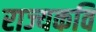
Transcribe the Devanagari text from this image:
राज्यकवि